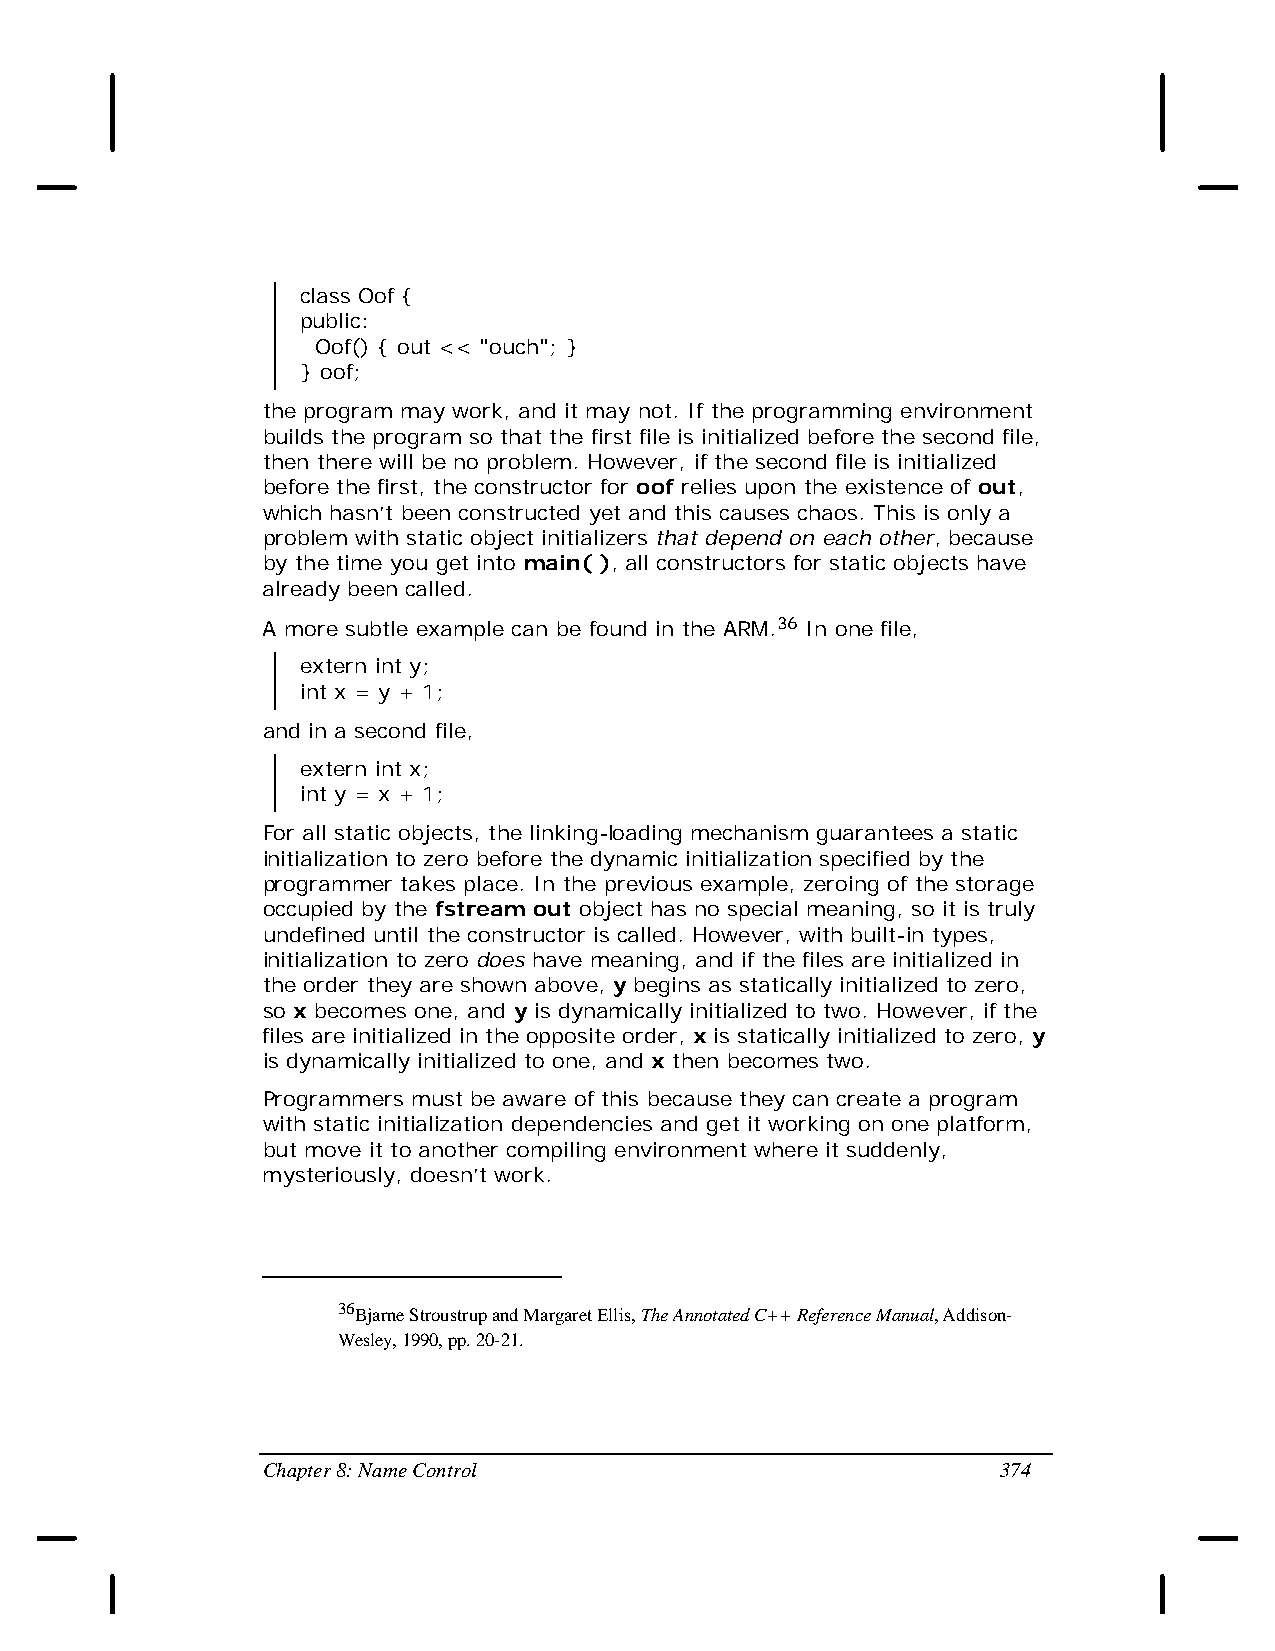
class Oof {
 public:
 Oof() { out << "ouch"; }
 } oof;
 the program may work, and it may not. If the programming environment
 builds the program so that the first file is initialized before the second file,
 then there will be no problem. However, if the second file is initialized
 before the first, the constructor for oof relies upon the existence of out,
 which hasn’t been constructed yet and this causes chaos. This is only a
 problem with static object initializers that depend on each other, because
 by the time you get into main( ), all constructors for static objects have
 already been called.
 A more subtle example can be found in the ARM.36 In one file,
 extern int y;
 int x = y + 1;
 and in a second file,
 extern int x;
 int y = x + 1;
 For all static objects, the linking-loading mechanism guarantees a static
 initialization to zero before the dynamic initialization specified by the
 programmer takes place. In the previous example, zeroing of the storage
 occupied by the fstream out object has no special meaning, so it is truly
 undefined until the constructor is called. However, with built-in types,
 initialization to zero does have meaning, and if the files are initialized in
 the order they are shown above, y begins as statically initialized to zero,
 so x becomes one, and y is dynamically initialized to two. However, if the
 files are initialized in the opposite order, x is statically initialized to zero, y
 is dynamically initialized to one, and x then becomes two.
 Programmers must be aware of this because they can create a program
 with static initialization dependencies and get it working on one platform,
 but move it to another compiling environment where it suddenly,
 mysteriously, doesn’t work.
 36Bjarne Stroustrup and Margaret Ellis, The Annotated C++ Reference Manual, Addison-
 Wesley, 1990, pp. 20-21.
 Chapter 8: Name Control                          374